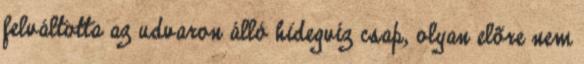
felváltotta az udvaron álló hidegvíz csap, olyan elõre nem